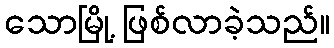
သောမြို့ ဖြစ်လာခဲ့သည်။